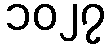
၁၀၂၇